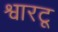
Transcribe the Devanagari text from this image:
श्वारटू